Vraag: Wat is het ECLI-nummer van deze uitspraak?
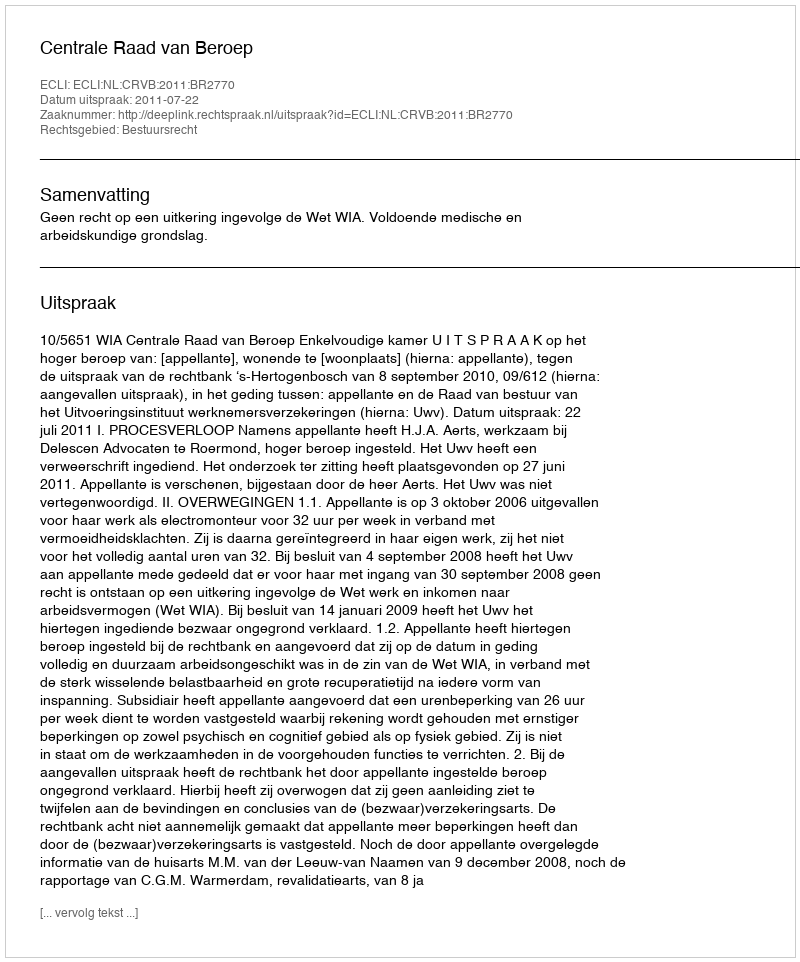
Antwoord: ECLI:NL:CRVB:2011:BR2770